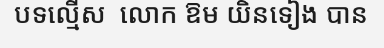
បទល្មើស  លោក ឱម យិនទៀង បាន